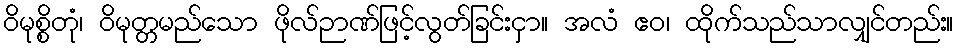
ဝိမုစ္စိတုံ၊ ဝိမုတ္တမည်သော ဖိုလ်ဉာဏ်ဖြင့်လွတ်ခြင်းငှာ။ အလံ ဧဝ၊ ထိုက်သည်သာလျှင်တည်း။